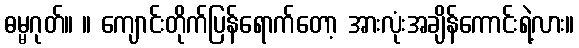
ဓမ္မဂုတ်။ ။ ကျောင်းတိုက်ပြန်ရောက်တော့ အားလုံးအချိန်ကောင်းရဲ့လား။